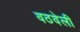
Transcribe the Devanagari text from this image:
वठवेली